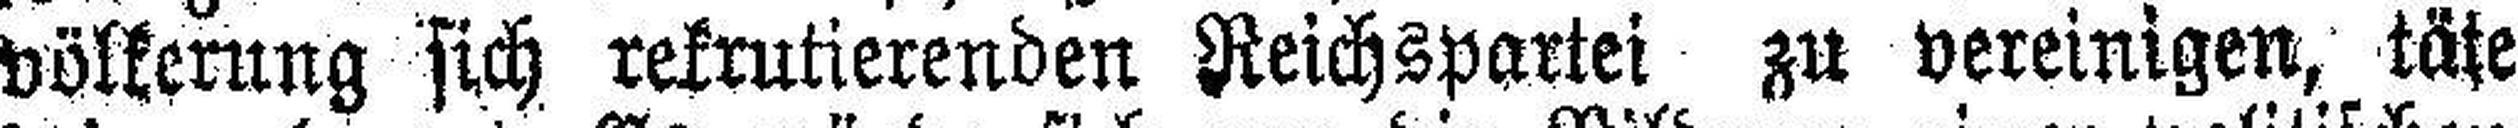
völkerung sich rekrutierenden Reichspartei zu vereinigen, täte